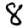
Digit: 8